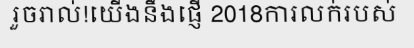
រួចរាល់!យើងនឹងផ្ញើ 2018ការលក់របស់